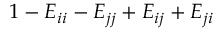
\boldsymbol { 1 } - E _ { i i } - E _ { j j } + E _ { i j } + E _ { j i }